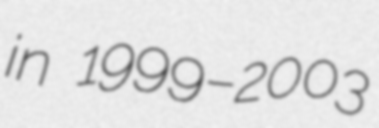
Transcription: in 1999–2003